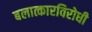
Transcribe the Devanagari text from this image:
बलात्कारविरोधी